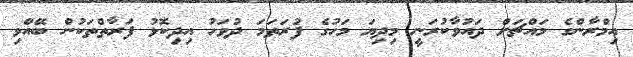
އިމްރާންގެ މައްޗަށް ދައުވާކުރަނީ މިދިޔަ މަހުގެ ފުރަތަމަ ދުވަހު އިދިކޮޅު ފަރާތްތަކުން ބޭއްވި